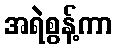
အရဲစွန့်ကာ